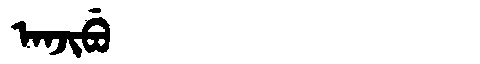
Manchu: ᠠᠨᠵᡳᠪᡠ
Romanization: ANJIBU